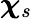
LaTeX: \boldsymbol{\chi}_{s}